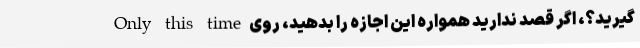
گیرید؟، اگر قصد ندارید همواره این اجازه را بدهید، روی Only this time